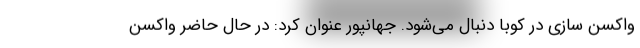
واکسن سازی در کوبا دنبال می‌شود. جهانپور عنوان کرد: در حال حاضر واکسن